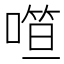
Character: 𰈢